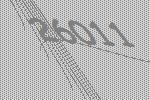
26011